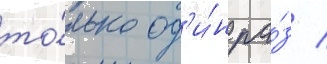
то́лько од'и́н ра́з /